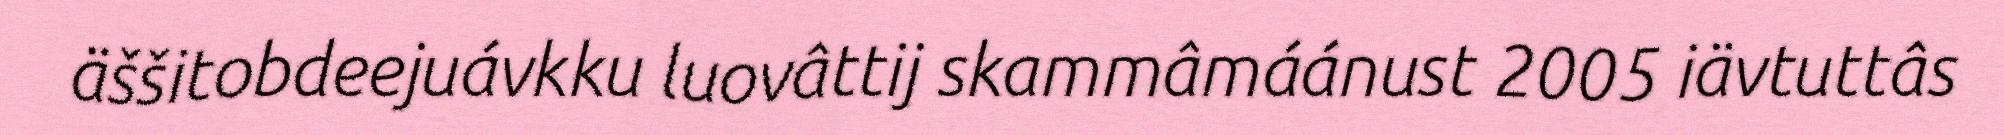
äššitobdeejuávkku luovâttij skammâmáánust 2005 iävtuttâs